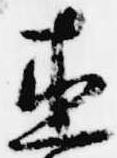
直